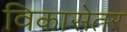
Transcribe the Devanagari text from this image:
विकासेतर